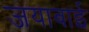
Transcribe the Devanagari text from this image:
जयाबाई